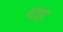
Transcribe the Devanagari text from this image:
थाहा